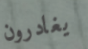
يغادرون